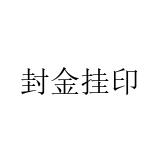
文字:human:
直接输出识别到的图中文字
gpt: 封金挂印